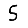
Digit: 5